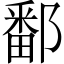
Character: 鄱